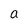
Character: a